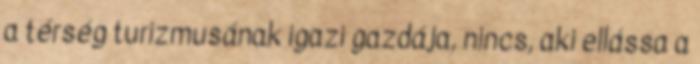
a térség turizmusának igazi gazdája, nincs, aki ellássa a